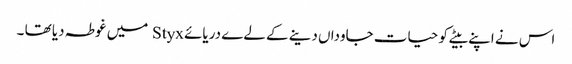
اس نے اپنے بیٹے کو حیات جاوداں دینے کے لےے دریائے Styx میں غوطہ دیا تھا ۔